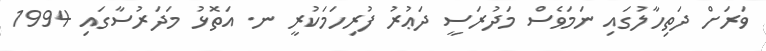
ވަރަށް ދަތިހާލުގައި ނަމަވެސް މަދުރަސީ ދަޢުރު ފުރިހަމަކުރީ ނ. އަތޮޅު މަދަރުސާގައި 1994